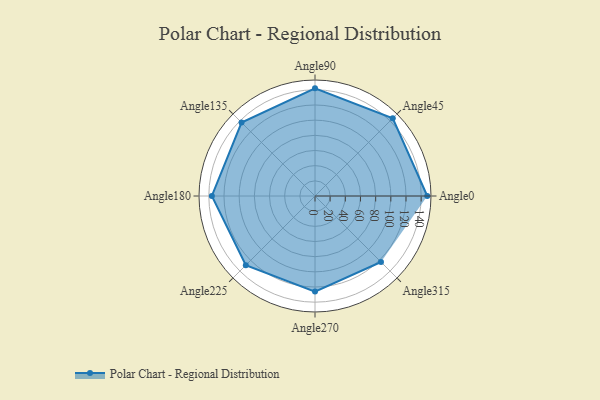
{"axis": {"x": "Angle", "y": "Radius"}, "legend": [""], "data": [{"x": "Angle0", "y": 148.0, "type": ""}, {"x": "Angle45", "y": 145.0, "type": ""}, {"x": "Angle90", "y": 142.0, "type": ""}, {"x": "Angle135", "y": 137.0, "type": ""}, {"x": "Angle180", "y": 136.0, "type": ""}, {"x": "Angle225", "y": 129.0, "type": ""}, {"x": "Angle270", "y": 126.0, "type": ""}, {"x": "Angle315", "y": 123.0, "type": ""}]}